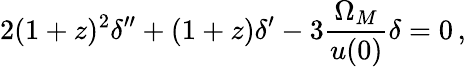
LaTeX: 2(1+z)^{2}\delta^{\prime\prime}+(1+z)\delta^{\prime}-3\frac{\Omega_{M}}{u(0)}\delta=0\, ,